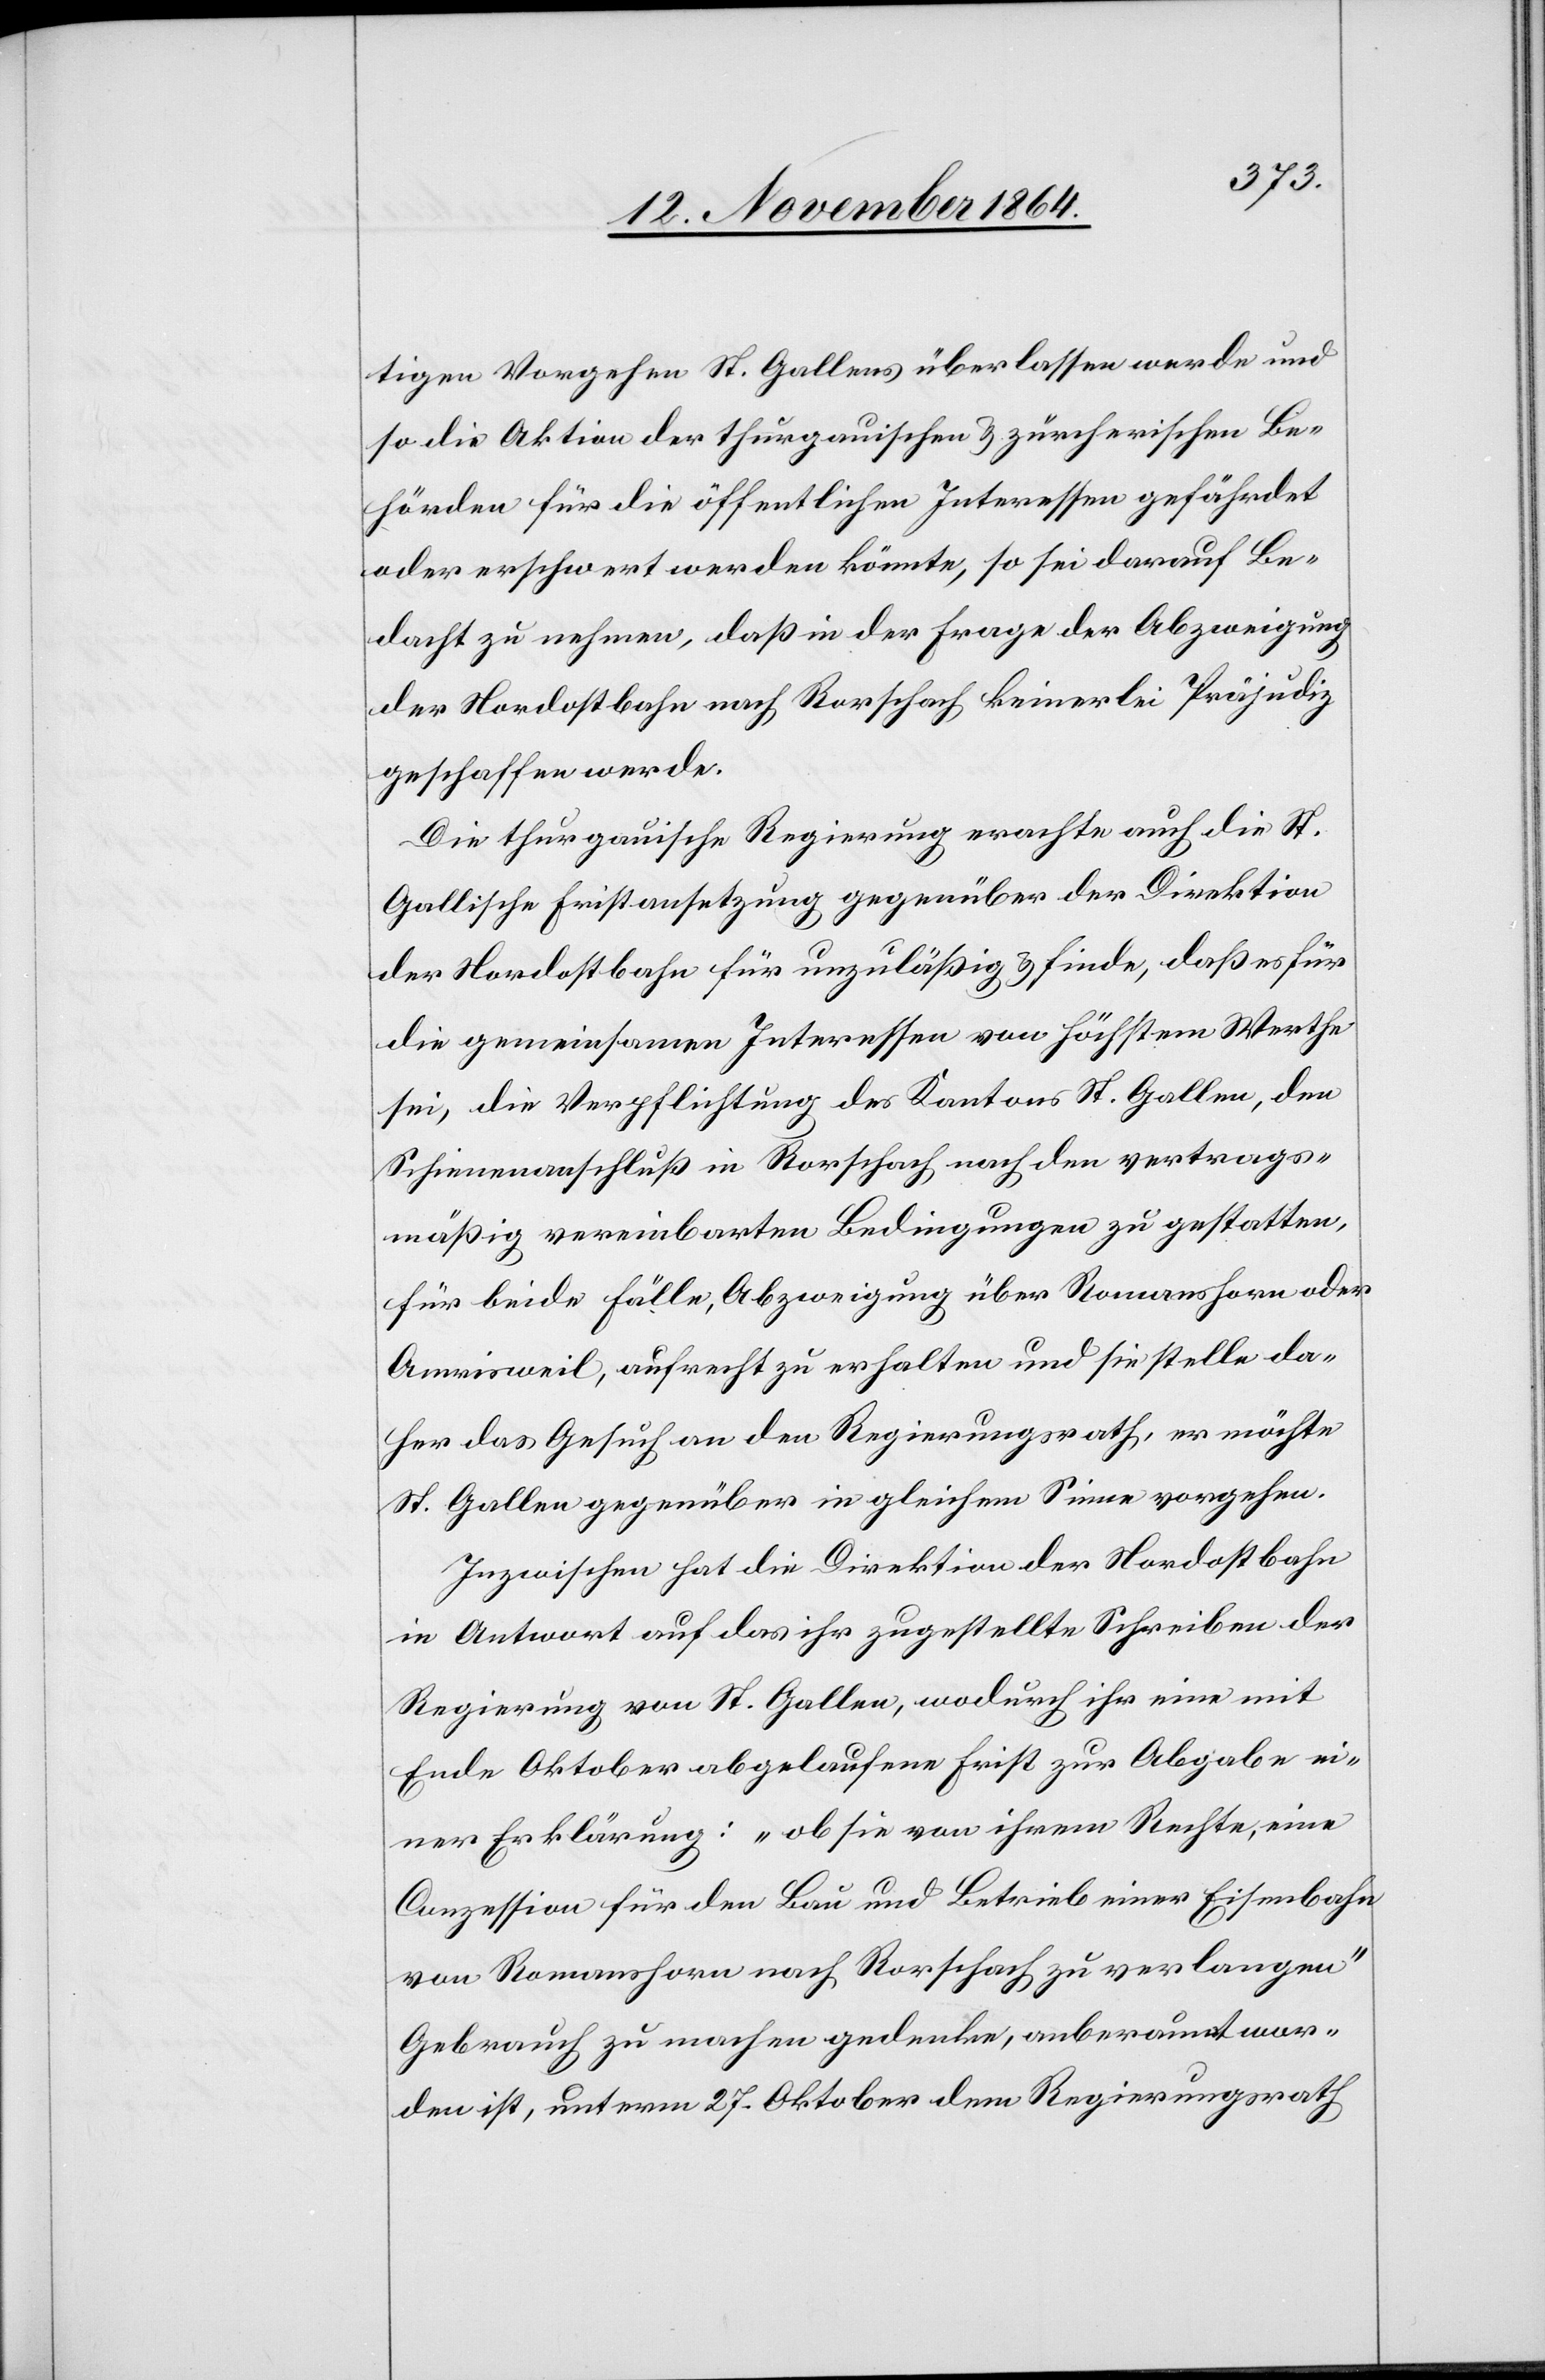
tigen Vorgehen St. Gallens überlassen werde und
so die Aktion der thurgauischen & zürcherischen Be¬
hörden für die öffentlichen Interessen gefährdet
oder erschwert werden könnte, so sei darauf Be¬
dacht zu nehmen, daß in der Frage der Abzweigung
der Nordostbahn nach Rorschach keinerlei Präjudiz
geschaffen werde.
Die thurgauische Regierung erachte auch die St.
Gallische Fristansetzung gegenüber der Direktion
der Nordostbahn für unzuläßig & finde, daß es für
die gemeinsamen Interessen von höchstem Werthe
sei, die Verpflichtung des Kantons St. Gallen, den
Schienenanschluß in Rorschach nach den vertrags¬
mäßig vereinbarten Bedingungen zu gestatten,
für beide Fälle, Abzweigung über Romanshorn oder
Amrisweil, aufrecht zu erhalten und sie stelle da¬
her das Gesuch an den Regierungsrath, er möchte
St. Gallen gegenüber im gleichen Sinne vorgehen.
Inzwischen hat die Direktion der Nordostbahn
in Antwort auf das ihr zugestellte Schreiben der
Regierung von St. Gallen, wodurch ihr eine mit
Ende Oktober abgelaufene Frist zur Abgabe ei¬
ner Erklärung: „ob sie von ihrem Rechte, eine
Conzession für den Bau und Betrieb einer Eisenbahn
von Romanshorn nach Rorschach zu verlangen“
Gebrauch zu machen gedenke, anberaumt wor¬
den ist, unterm 27. Oktober dem Regierungsrath